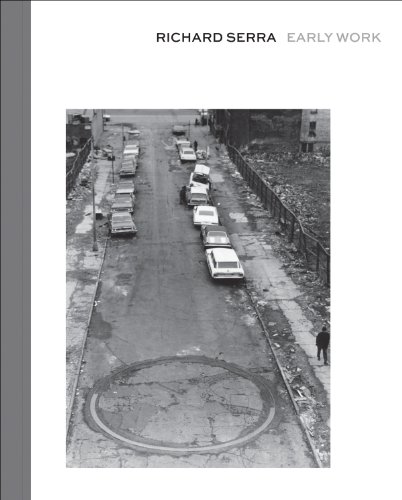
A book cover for Richard Serra: Early Work; Hal Foster; Arts & Photography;